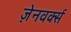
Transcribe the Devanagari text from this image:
ज़ेनवर्क्स